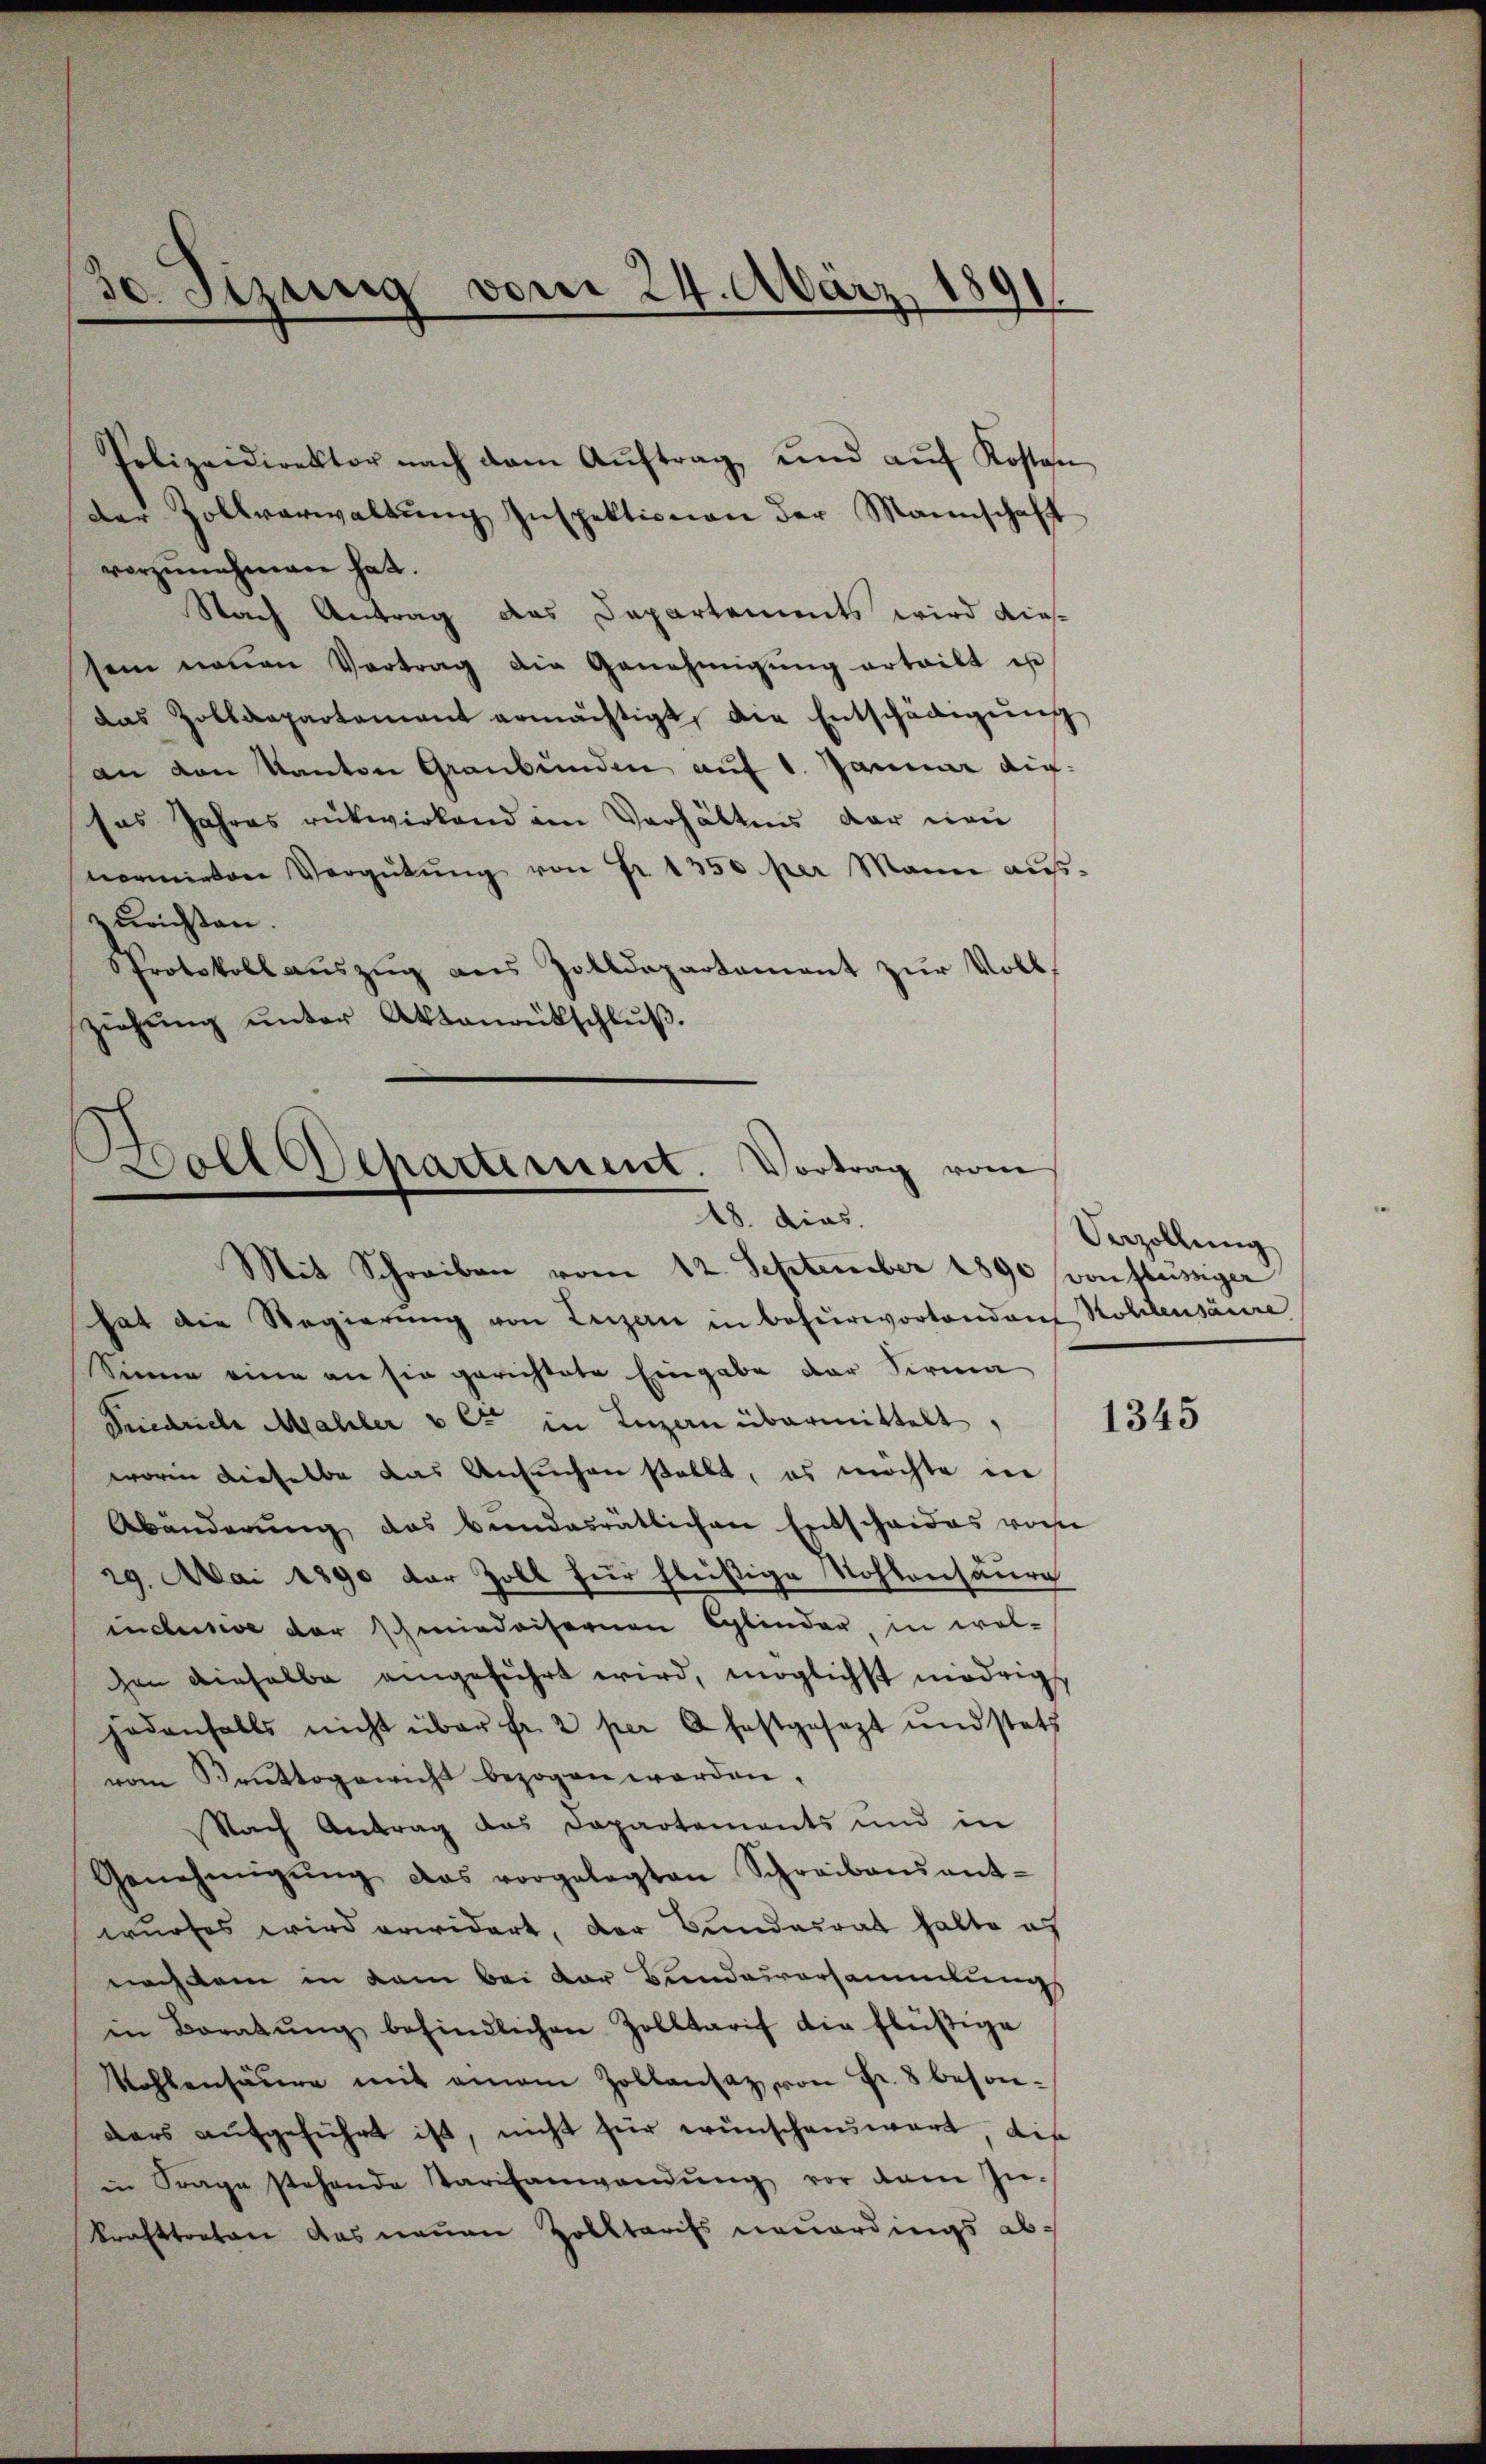
30. Sitzung vom 24. März 1891

Polizeidirektor nach dem Aŭftrag, und aŭf Kosten
Der Zollverwaltung Inspektionen der Mannschaft
s
vorzunehmen hat.
Nach Antrag das Departements wird dies
sein neŭen Vertrag die Genehmigŭng erteilt es
das Zolldepartement ermächtigt, die Entschädigŭng
an von Kanton Graubünden auf 1. Januar dix-
sas Jahres rükwirkend ein Verhältnis der neu
normieten Vergütŭng von Fr. 1350 per Mann aŭf-
zurichten.
Sprotokoll auszug aus Zolldepartement zur Vollziehung unter Aktenrütschluß
.
Boll Departement. Vortrag vom

18. dies

Mit Schreiben vom 12. September 1890 von flüssiger
hat die Regierŭng von Luzern in befürwortendant Kohlensäure
Sinne eine an sie gerichtete Eingabe der Firma
Friedrich Mahler v et in Luzern übermittelt,
worin dieselbe das Ansuchen stellt, es möchte in
Abänderung das bundesrätlichen Entscheides vom
29. Mai 1890 der Zoll für fleißige Rohlensäure
indusive der schmiedaisernen Cylinder, in welhen einhalbe eingeführt wird, möglichst niedrig
jedenfalls nicht über fr. 2 per A festgesezt und stets
vom Krattogewicht bezogen werden.
Nach Antrag das Departements und in
Genehmigŭng das vorgelegten Schreibensant-
wurfes wird erwidert, der Bundesrat halte es
nach kam in dem bei der Bundesversammlung
in Beratŭng befindlichen Zolltarif die flüßige
Mohlensäure mit einem Zollansaz, von Fr. 8 besonders aufgeführt ist, nicht für wünschenswart, die
in Frage stehende Tarifanwendung vor dem In-
krafttreten das neuen Zolltarifs neuerdings ab¬

Vezollung

1345